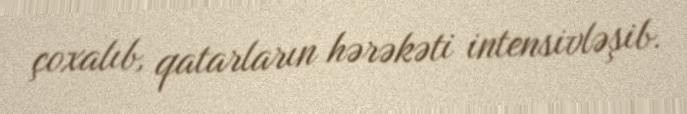
çoxalıb, qatarların hərəkəti intensivləşib.